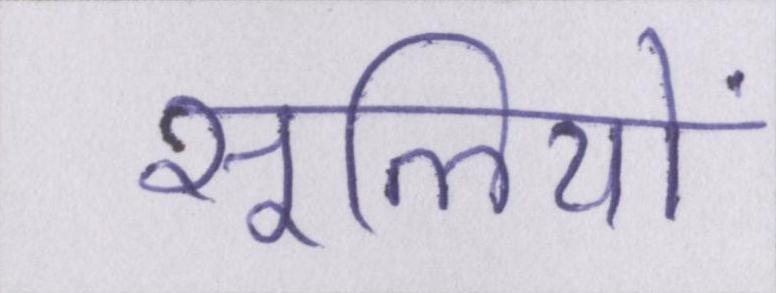
सूलियों